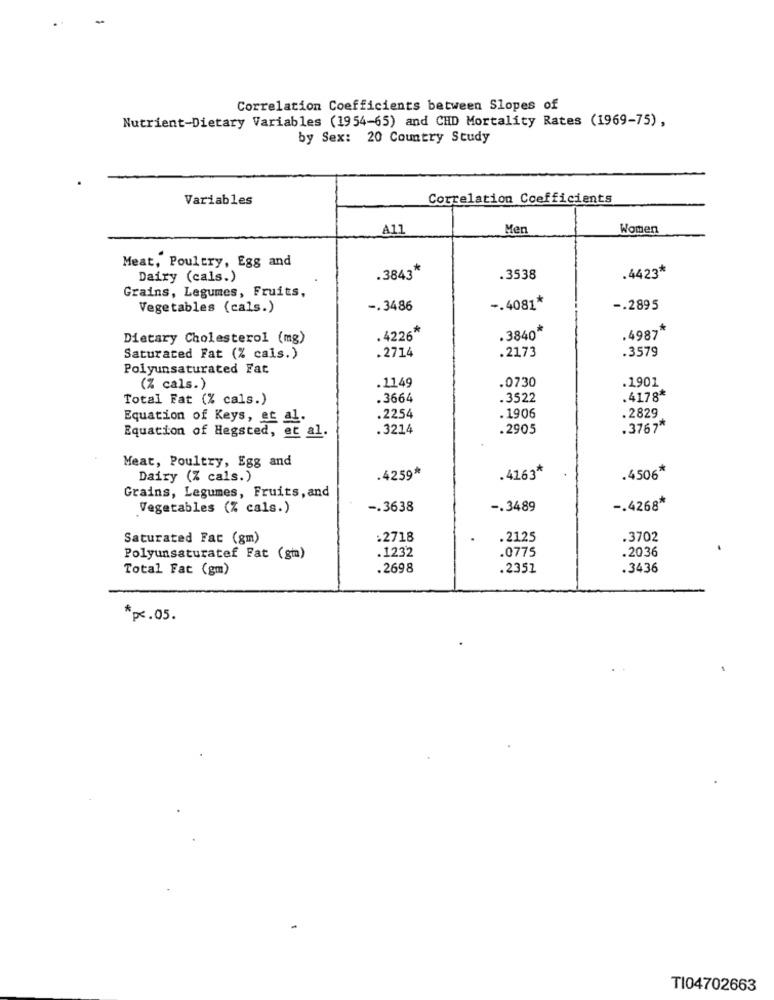
Correlation Coefficients between Slopes of
Nutrient-Dietary Variables (1954-65) and CHD Mortality Rates (1969-75),
by Sex: 20 Country Study
Variables
Correlation Coefficients
A11
Men
Women
Meat, Poultry, Egg and
.3843*
.4423*
Dairy (cals.)
.3538
Grains, Legumes, Fruits,
Vegetables (cals.)
-. 3486
-. 4081*
-. 2895
3840*
.4987*
Dietary Cholesterol (mg)
.4226*
.2714
.2173
.3579
Saturated Fat (% cais.)
Polyunsaturated Fat
.1149
(% cals.)
.0730
.1901
Total Fat (% cals.)
.3664
.3522
.4178*
.2829
Equation of Keys, et al
.2254
.1906
Equation of Hegsted, et al.
.3214
.2905
.3767*
Meat, Poultry, Egg and
.4506*
Dairy (Z cals.)
.4259*
.4163*
Grains, Legumes, Fruits, and
Vegetables (% cals.)
-. 3638
-. 3489
-. 4268*
Saturated Fat (gm)
:2718
.2125
.3702
.0775
Polyunsaturatef Fat (gm)
.1232
.2036
Total Fat (gm)
.2698
.2352
.3436
*px . 05.
TI04702663